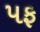
પફ